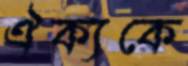
ঐক্যকে